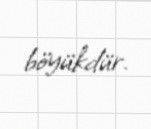
böyükdür.